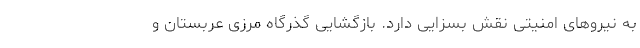
به نیروهای امنیتی نقش بسزایی دارد. بازگشایی گذرگاه مرزی عربستان و